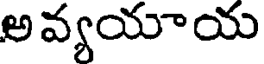
అవ్యయాయ